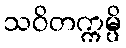
သဝိတက္ကမ္ပိ